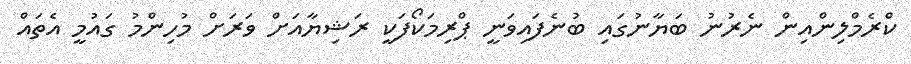
ކްރެމްލިންއިން ނެރުނު ބަޔާނުގައި ބުނެފައިވަނީ ޕްރިމަކޯފަކީ ރަޝިޔާއަށް ވަރަށް މުހިންމު ގައުމީ އެތައް